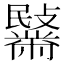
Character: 𪓍